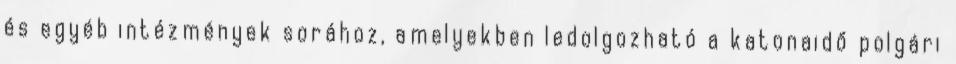
és egyéb intézmények sorához, amelyekben ledolgozható a katonaidő polgári